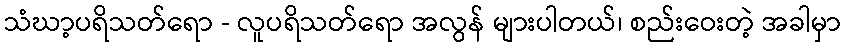
သံဃာ့ပရိသတ်ရော - လူပရိသတ်ရော အလွန် များပါတယ်၊ စည်းဝေးတဲ့ အခါမှာ